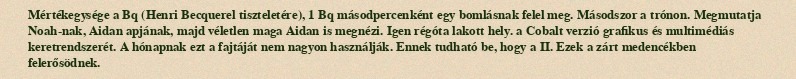
Mértékegysége a Bq (Henri Becquerel tiszteletére), 1 Bq másodpercenként egy bomlásnak felel meg. Másodszor a trónon. Megmutatja Noah-nak, Aidan apjának, majd véletlen maga Aidan is megnézi. Igen régóta lakott hely. a Cobalt verzió grafikus és multimédiás keretrendszerét. A hónapnak ezt a fajtáját nem nagyon használják. Ennek tudható be, hogy a II. Ezek a zárt medencékben felerősödnek.